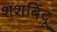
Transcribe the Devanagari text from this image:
शशबिंदू